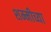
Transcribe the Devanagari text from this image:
शम्मीच्या